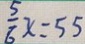
\frac { 5 } { 6 } x = 5 5